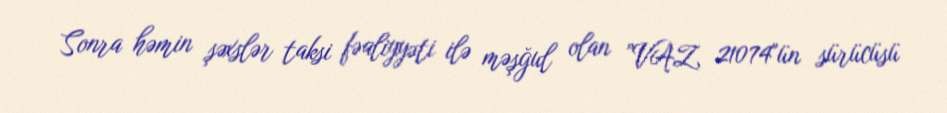
Sonra həmin şəxslər taksi fəaliyyəti ilə məşğul olan ”VAZ 21074"ün sürücüsü